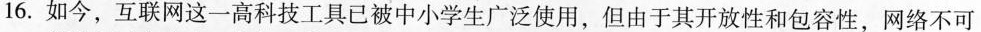
16.如今，互联网这一高科技工具已被中小学生广泛使用，但由于其开放性和包容性，网络不可